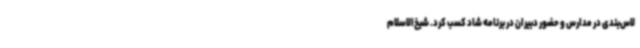
لاس‌بندی در مدارس و حضور دبیران در برنامه شاد کسب کرد. شیخ‌الاسلام